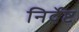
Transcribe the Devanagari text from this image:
निर्देष्ट